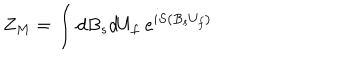
Z _ { M } = \int d B _ { s } d U _ { f } \ e ^ { i S \left( B _ { s } U _ { f } \right) }